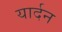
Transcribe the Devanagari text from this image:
यार्दन